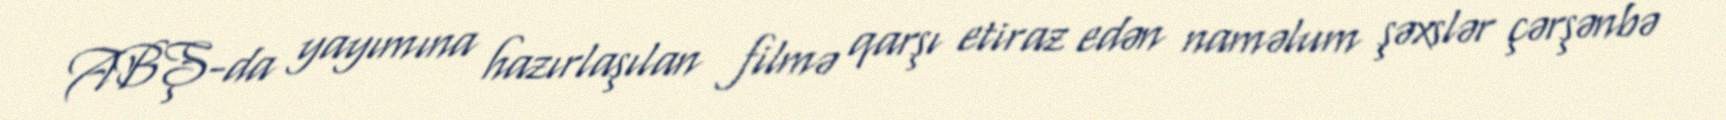
ABŞ-da yayımına hazırlaşılan filmə qarşı etiraz edən naməlum şəxslər çərşənbə